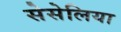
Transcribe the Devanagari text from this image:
सेसेलिया